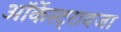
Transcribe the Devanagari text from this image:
ऑर्केस्ट्रावजा